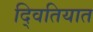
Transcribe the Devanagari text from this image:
द्वितियात